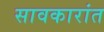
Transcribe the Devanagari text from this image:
सावकारांत